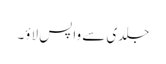
جلدی سے واپس لاؤ۔